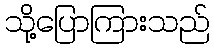
သို့ပြောကြားသည်